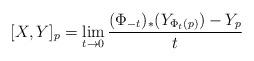
LaTeX: \begin{align*}[X,Y]_p=\lim_{t\rightarrow 0}\frac{(\Phi_{-t})_*(Y_{\Phi_t(p)})-Y_p}{t}\end{align*}